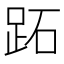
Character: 跖